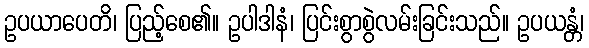
ဥပယာပေတိ၊ ပြည့်စေ၏။ ဥပါဒါနံ၊ ပြင်းစွာစွဲလမ်းခြင်းသည်။ ဥပယန္တံ၊